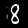
Digit: 8